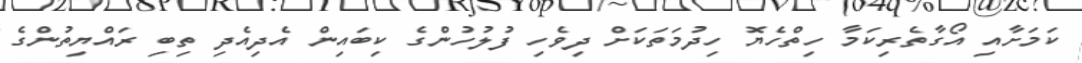
ކަމަށާއި އޯގާތެރިކަމާ ހިތްހެޔޮ ހިދުމަތަކަށް ދިވެހި ފުލުހުންގެ ކިބައިން އެދިއެދި ތިބި ރައްޔިތުންގެ